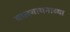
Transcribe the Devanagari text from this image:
वात्स्यायनाच्या